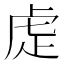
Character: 𮓝